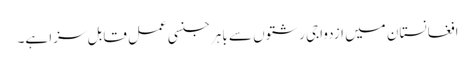
افغانستان میں ازدواجی رشتوں سے باہر جنسی عمل قابل سزا ہے۔